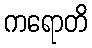
ကရောတိ